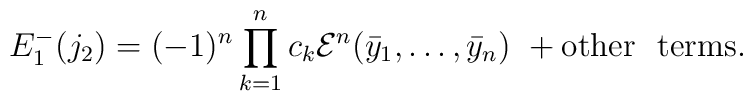
E_1^-(j_2)=(-1)^n\prod_{k=1}^n c_k {\cal E}^n(\bar y_1,\dots ,\bar y_n)\ +{\rm other\ \ terms}.